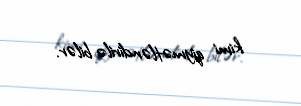
kimi qiymətləndirilə bilər.